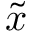
\tilde { x }